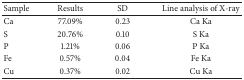
<table><thead><tr><td><b>Sample</b></td><td><b>Results</b></td><td><b>SD</b></td><td><b>Line analysis of X-ray</b></td></tr></thead><tbody><tr><td>Ca</td><td>77.09%</td><td>0.23</td><td>Ca Ka</td></tr><tr><td>S</td><td>20.76%</td><td>0.10</td><td>S Ka</td></tr><tr><td>P</td><td>1.21%</td><td>0.06</td><td>P Ka</td></tr><tr><td>Fe</td><td>0.57%</td><td>0.04</td><td>Fe Ka</td></tr><tr><td>Cu</td><td>0.37%</td><td>0.02</td><td>Cu Ka</td></tr></tbody></table>